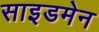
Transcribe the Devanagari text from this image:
साइडमेन